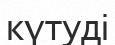
күтуді